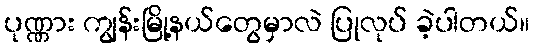
ပုဏ္ဏား ကျွန်းမြို့နယ်တွေမှာလဲ ပြုလုပ် ခဲ့ပါတယ်။